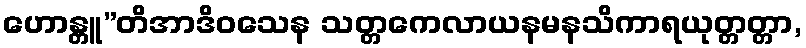
ဟောန္တူ”တိအာဒိဝသေန သတ္တကေလာယနမနသိကာရယုတ္တတ္တာ,